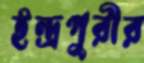
ইন্দ্রপুরীর